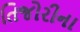
તિજોરીના